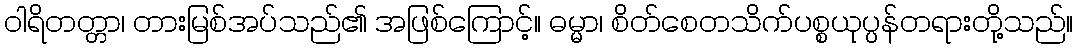
ဝါရိတတ္တာ၊ တားမြစ်အပ်သည်၏ အဖြစ်ကြောင့်။ ဓမ္မာ၊ စိတ်စေတသိက်ပစ္စယုပ္ပန်တရားတို့သည်။